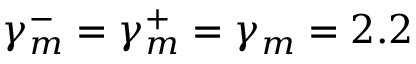
\gamma _ { m } ^ { - } = \gamma _ { m } ^ { + } = \gamma _ { m } = 2 . 2